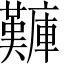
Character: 𪪫